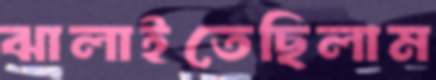
ঝালাইতেছিলাম